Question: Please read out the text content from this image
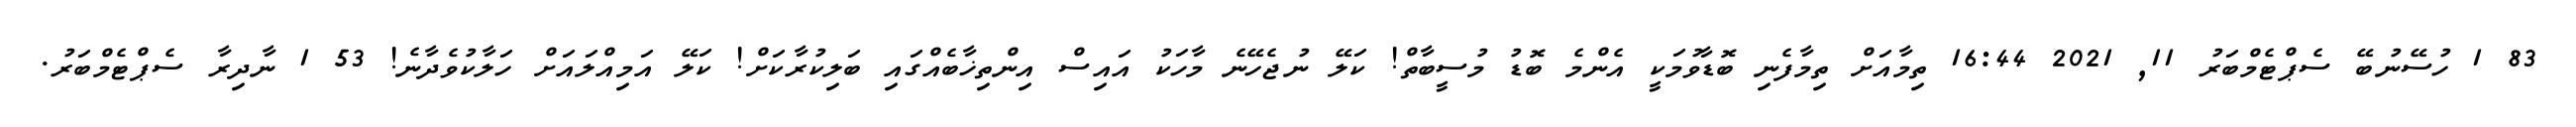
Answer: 83 1 ހުސޭނުބޭ ސެޕްޓެމްބަރު 11, 2021 16:44 ތިމާއަށް ތިމާފެނި ބޮޑާވުމަކީ އެންމެ ބޮޑު މުސީބާތް! ކަލޭ ނުޖެހޭނެ މާހަކު އައިސް އިންތިޚާބެއްގައި ބަލިކުރާކަށް! ކަލޭ އަމިއްލައަށް ހަލާކުވެދާނެ! 53 1 ނާދިރާ ސެޕްޓެމްބަރު.